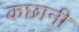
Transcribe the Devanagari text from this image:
कछानी